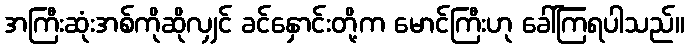
အကြီးဆုံးအစ်ကိုဆိုလျှင် ခင်နှောင်းတို့က မောင်ကြီးဟု ခေါ်ကြရပါသည်။